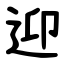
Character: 迎